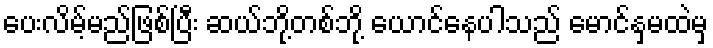
ပေးလိမ့်မည်ဖြစ်ပြီး ဆယ်ဘို့တစ်ဘို့ ယောင်နေပါသည် မောင်နှမထဲမှ